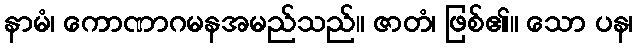
နာမံ၊ ကောဏာဂမနအမည်သည်။ ဇာတံ၊ ဖြစ်၏။ သော ပန၊